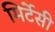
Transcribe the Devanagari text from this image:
मिर्टेसी